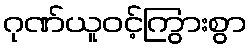
ဂုဏ်ယူဝင့်ကြွားစွာ